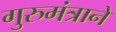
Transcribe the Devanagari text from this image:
गुरुमंत्राने